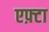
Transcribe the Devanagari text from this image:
एफ़्टा